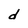
Character: d